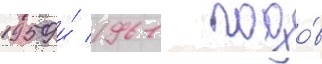
1959 и́ 1961 годо́в